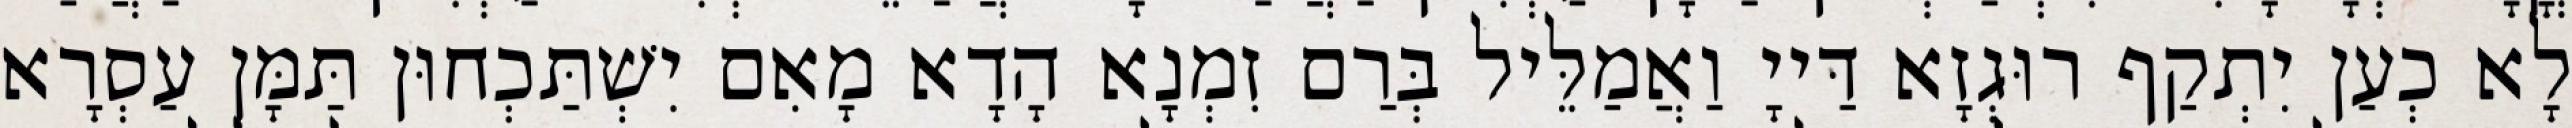
לָא כְעַן יִתְקַף רוּגְזָא דַּייָ וַאֲמַלֵּיל בְּרַם זִמְנָא הָדָא מָאִם יִשְׁתַּכְחוּן תַּמָּן עַסְרָא